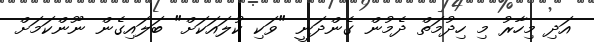
އަދި މިހާރު މި ހިދުމަތް ދެމުން ގެންދަނީ "ވަކި ކުލައަކަށް" ބަލައިގެން ނޫންކަމަށް